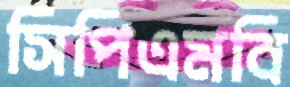
সিপিএমবি